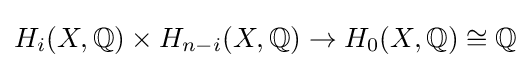
H_{i}(X,\mathbb {Q} )\times H_{n-i}(X,\mathbb {Q} )\to H_{0}(X,\mathbb {Q} )\cong \mathbb {Q}